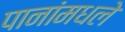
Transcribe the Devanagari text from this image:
पानांमधले